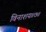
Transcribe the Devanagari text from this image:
विनाशय॥७॥